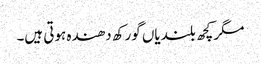
مگر کچھ بلندیاں گورکھ دھندہ ہوتی ہیں۔